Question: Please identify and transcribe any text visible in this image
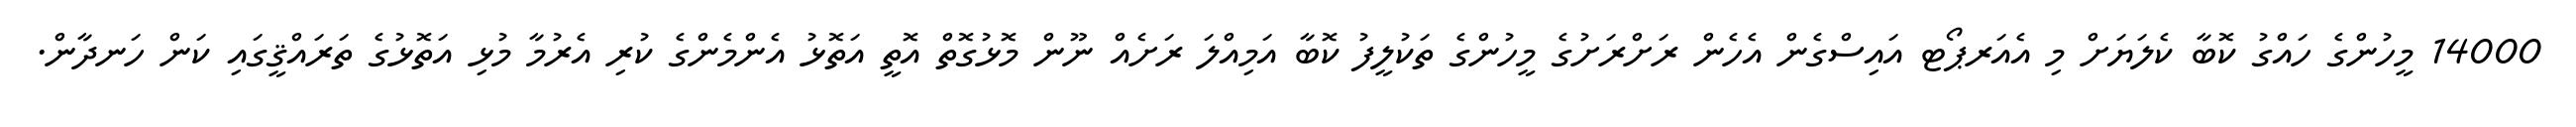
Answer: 14000 މީހުންގެ ހައްގު ކޮބާ ކެލަޔަށް މި އެއަރޕޯޓ އައިސްގެން އެހެން ރަށްރަށުގެ މީހުންގެ ތަކުލީފު ކޮބާ އަމިއްލަ ރަށެއް ނޫން މޮޅުގޮތް އޮތީ އަތޮޅު އެންމެންގެ ކުރި އެރުމާ މުޅި އަތޮޅުގެ ތަރައްޤީގައި ކަން ހަނދާން.